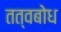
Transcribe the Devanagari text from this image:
तत्वबोध